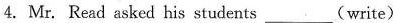
4.Mr. Read asked his students(write)